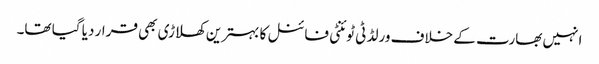
انہیں بھارت کے خلاف ورلڈ ٹی ٹوئنٹی فائنل کا بہترین کھلاڑی بھی قرار دیا گیا تھا۔